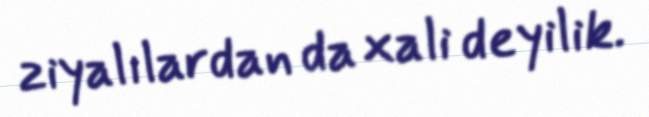
ziyalılardan da xali deyilik.